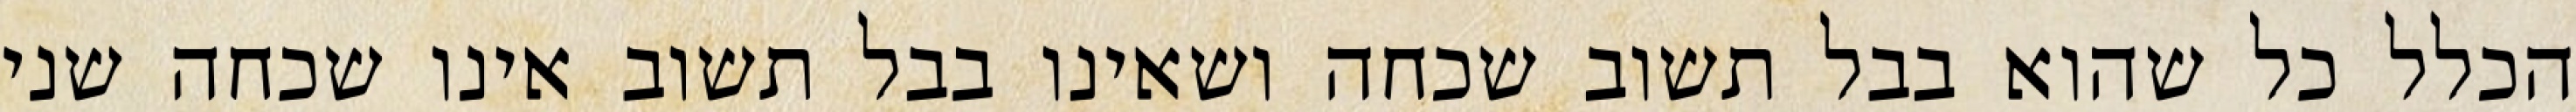
הכלל כל שהוא בבל תשוב שכחה ושאינו בבל תשוב אינו שכחה שני